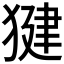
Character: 𭸠